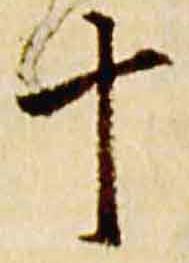
十